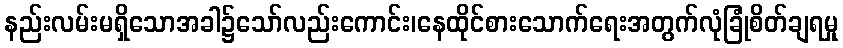
နည်းလမ်းမရှိသောအခါ၌သော်လည်းကောင်း၊နေထိုင်စားသောက်ရေးအတွက်လုံခြုံစိတ်ချရမှု